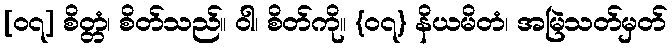
[၀၇] စိတ္တံ၊ စိတ်သည်။ ဝါ၊ စိတ်ကို။ {၀၇} နိယမိတံ၊ အမြဲသတ်မှတ်